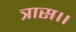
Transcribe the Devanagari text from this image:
त्रास।।